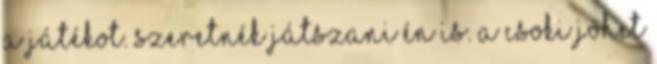
a játékot. Szeretnék játszani én is. A csoki jöhet